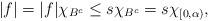
LaTeX: \begin{align*}|f|=|f|\chi_{B^c}\leq s\chi_{B^c}=s\chi_{[0,\alpha)},\end{align*}